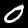
Label: 0